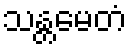
သန္တမေတံ